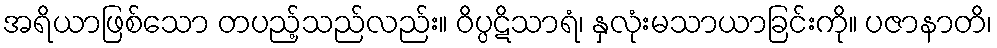
အရိယာဖြစ်သော တပည့်သည်လည်း။ ဝိပ္ပဋိသာရံ၊ နှလုံးမသာယာခြင်းကို။ ပဇာနာတိ၊